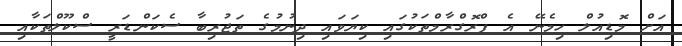
އަށް މޮޑިއުލް ހިމެނޭ އެ ޕްރޮގްރާމްތަކުގައި ކިޔަވައި ދިނުމުގެ ތަޖުރިބާ ސެކަންޑަރީ ސްކޫލްތަކާއި